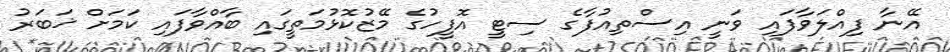
އޭނާ ފިއްލަވާފައި ވަނީ އިސްތިއުފާގެ ސިޓީ އޮފީހުގެ މޭޒުކޮޅުމަތީގައި ބާއްވާފައި ކަމަށް ޚަބަރު